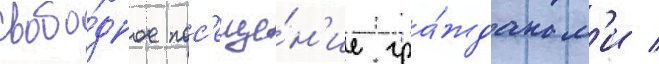
свобо́дное пос'еще́н'ие гра́жданам'и /